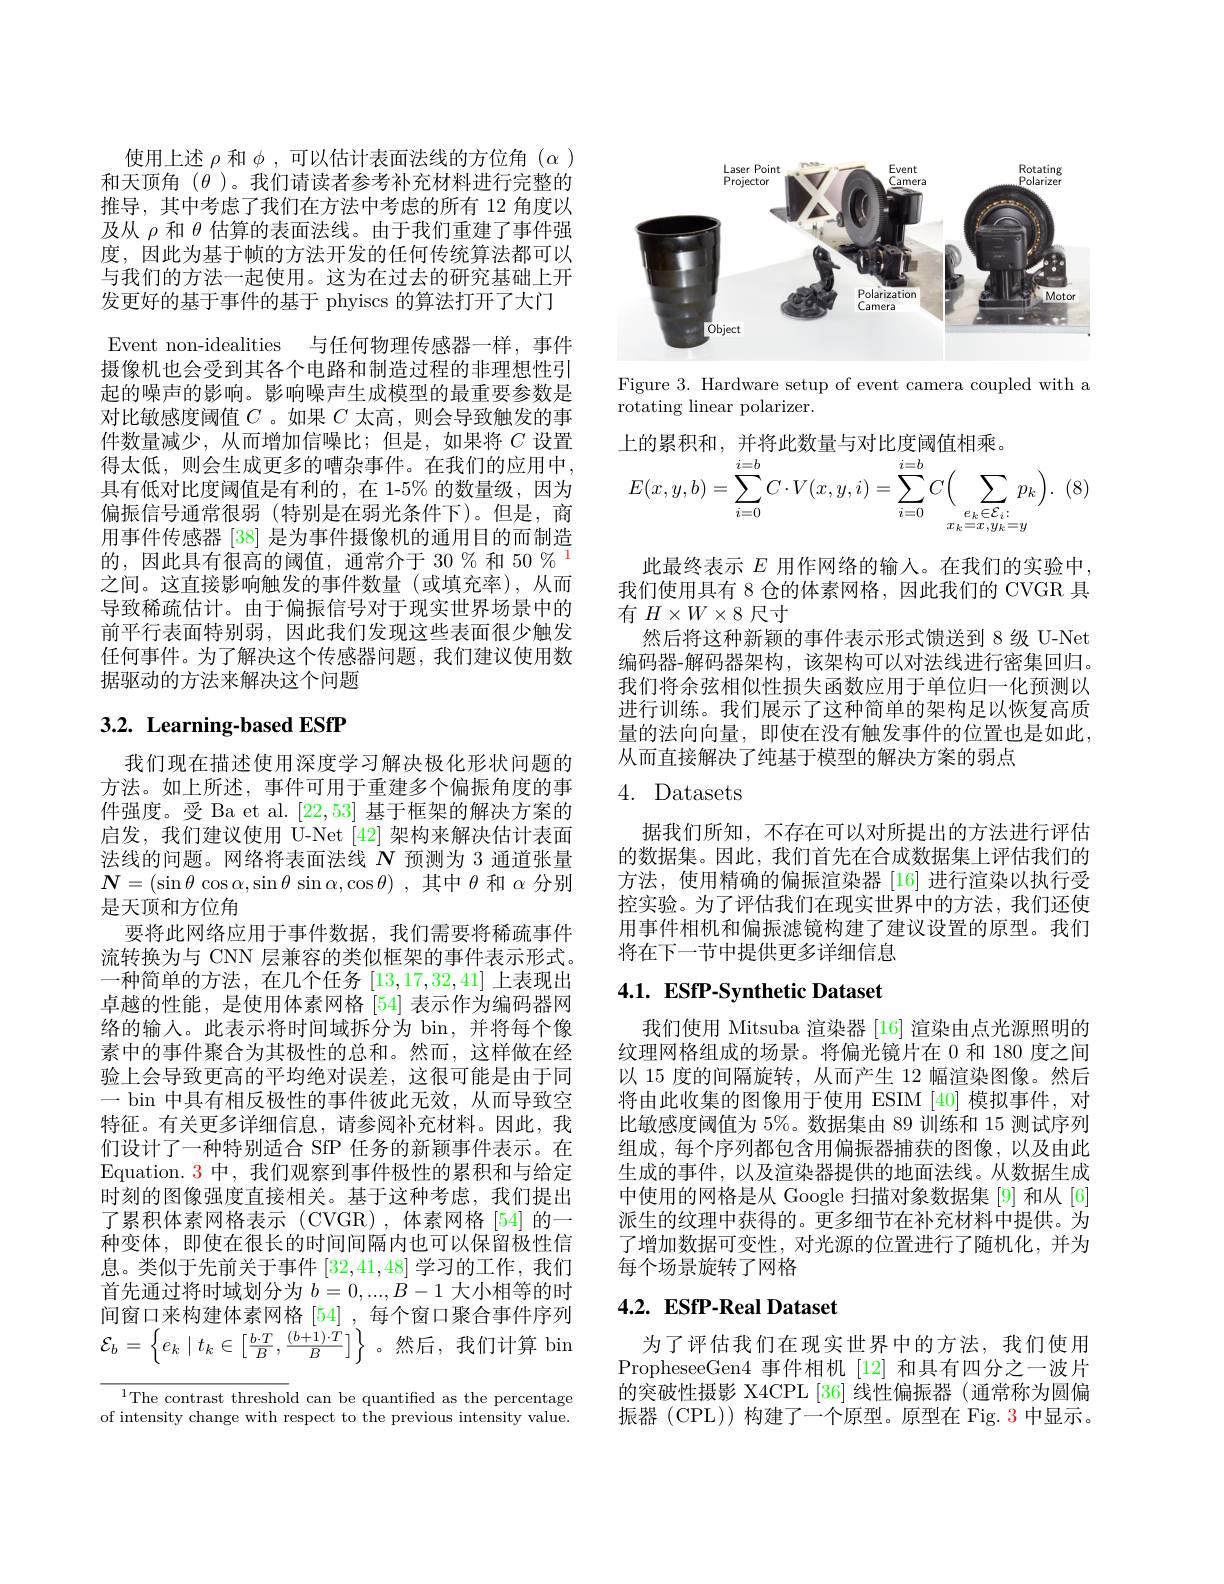
使用上述$\rho$和$\phi$,可以估计表面法线的方位角和天顶角$(\theta)$。我们请读者参考补充材料进行完整的推导，其中考虑了我们在方法中考虑的所有 12 角度以及从$\rho$和$\theta$估算的表面法线。由于我们重建了事件强度，因此为基于帧的方法开发的任何传统算法都可以与我们的方法一起使用。这为在过去的研究基础上开发更好的基于事件的基于 phyiscs 的算法打开了大门
Event non-idealities 与任何物理传感器一样，事件摄像机也会受到其各个电路和制造过程的非理想性引起的噪声的影响。影响噪声生成模型的最重要参数是对比敏感度阈值$C$ 。如果$C$太高，则会导致触发的事件数量减少，从而增加信噪比；但是，如果将$C$设置得太低，则会生成更多的嘈杂事件。在我们的应用中， 具有低对比度阈值是有利的，在 1-5% 的数量级，因为偏振信号通常很弱 (特别是在弱光条件下)。但是，商用事件传感器 [38] 是为事件摄像机的通用目的而制造的，因此具有很高的阈值，通常介于 30%和 50%$^{}$ 之间。这直接影响触发的事件数量(或填充率),从而导致稀疏估计。由于偏振信号对于现实世界场景中的前平行表面特别弱，因此我们发现这些表面很少触发任何事件。为了解决这个传感器问题，我们建议使用数据驱动的方法来解决这个问题

# 3.2. Learning-based ESfP

我们现在描述使用深度学习解决极化形状问题的方法。如上所述，事件可用于重建多个偏振角度的事件强度。受 Ba et al. [22,53]基于框架的解决方案的启发，我们建议使用 U-Net[42]架构来解决估计表面法线的问题。网络将表面法线$N$预测为 3 通道张量$\boldsymbol{N}= ( \sin \theta \cos \alpha , \sin \theta \sin \alpha , \cos \theta )$ ,其中$\theta$ 和 $\alpha$ 分别是天顶和方位角
要将此网络应用于事件数据，我们需要将稀疏事件流转换为与 CNN 层兼容的类似框架的事件表示形式。一种简单的方法，在几个任务[13,17,32,41] 卓越的性能，是使用体素网格 [54] 表示作为编码器网络的输入。此表示将时间域拆分为 bin,并将每个像素中的事件聚合为其极性的总和。然而，这样做在经验上会导致更高的平均绝对误差，这很可能是由于同一 bin 中具有相反极性的事件彼此无效，从而导致空特征。有关更多详细信息，请参阅补充材料。因此，我们设计了一种特别适合 SfP 任务的新颖事件表示。在Equation. 3 中，我们观察到事件极性的累积和时刻的图像强度直接相关。基于这种考虑，我们提出了累积体素网格表示(CVGR)、体素网格「54]的一种变体，即使在很长的时间间隔内也可以保留极性信息。类似于先前关于事件[32,41,48]学习的工作，我们首先通过将时域划分为$b=0,...,B-1$大小相等的时间 窗 口 来 构 建 体 素 网 格 [ 54] , 每 个 窗 口 聚 合 事 件 序 列 $\mathcal{E} _{b}= \left \{ e_{k}\mid t_{k}\in \left [ \frac {b\cdot T}B, \frac {( b+ 1) \cdot T}B\right ] \right \}$。然 后 , 我 们 计 算 bin

$^{1}$The contrast threshold can be quantified as the percentage of intensity change with res

<FigureHere>

Figure 3. Hardware setup of event camera coupled with a
rotating linear polarizer.
$$\begin{aligned}&\text{工的小小,}\\&E(x,y,b)=\sum_{i=0}^{i=b}C\cdot V(x,y,i)=\sum_{i=0}^{i=b}C\Big(\sum_{\substack{e_{k}\in\mathcal{E}_{i}:\\x_{k}=x,y_{k}=y}}p_{k}\Big).\end{aligned}$$
(8)

此最终表示$E$用作网络的输入。在我们的实验中， 我们使用具有 8 仓的体素网格，因此我们的 CVGR 具有$H\times W\times8$尺寸
然后将这种新颖的事件表示形式馈送到8级 U-Net 编码器-解码器架构，该架构可以对法线进行密集回归。我们将余弦相似性损失函数应用于单位归一化预测以进行训练。我们展示了这种简单的架构足以恢复高质量的法向向量，即使在没有触发事件的位置也是如此， 从而直接解决了纯基于模型的解决方案的弱点

# 4. Datasets

据我们所知，不存在可以对所提出的方法进行评估的数据集。因此，我们首先在合成数据集上评估我们的方法，使用精确的偏振渲染器 [16] 进行渲染以执行受控实验。为了评估我们在现实世界中的方法，我们还使用事件相机和偏振滤镜构建了建议设置的原型。我们将在下一节中提供更多详细信息

# 4.1. ESfP-Synthetic Dataset

我们使用 Mitsuba 渲染器 [16] 渲染由点光源纹理网格组成的场景。将偏光镜片在 0 和 180 度之间以 15 度的间隔旋转，从而产生 12 幅渲染图像。然后将由此收集的图像用于使用 ESIM [40] 模拟事件，对比敏感度阈值为 5%。数据集由 89 训练和 15 测试序列组成，每个序列都包含用偏振器捕获的图像，以及由此生成的事件，以及渲染器提供的地面法线。从数据生成中使用的网格是从 Google 扫描对象数据集 [9] 派生的纹理中获得的。更多细节在补充材料中提供。为了增加数据可变性，对光源的位置进行了随机化，并为每个场景旋转了网格

# 4.2. ESfP-Real Dataset

为了评估我们在现实世界中的方法，我们使用PropheseeGen4 事件相机[12] 和具有四分之一波片的突破性摄影 X4CPL [36] 线性偏振器 (通常称为圆偏振器 (CPL)) 构建了一个原型。原型在 Fig. 3 中显示。